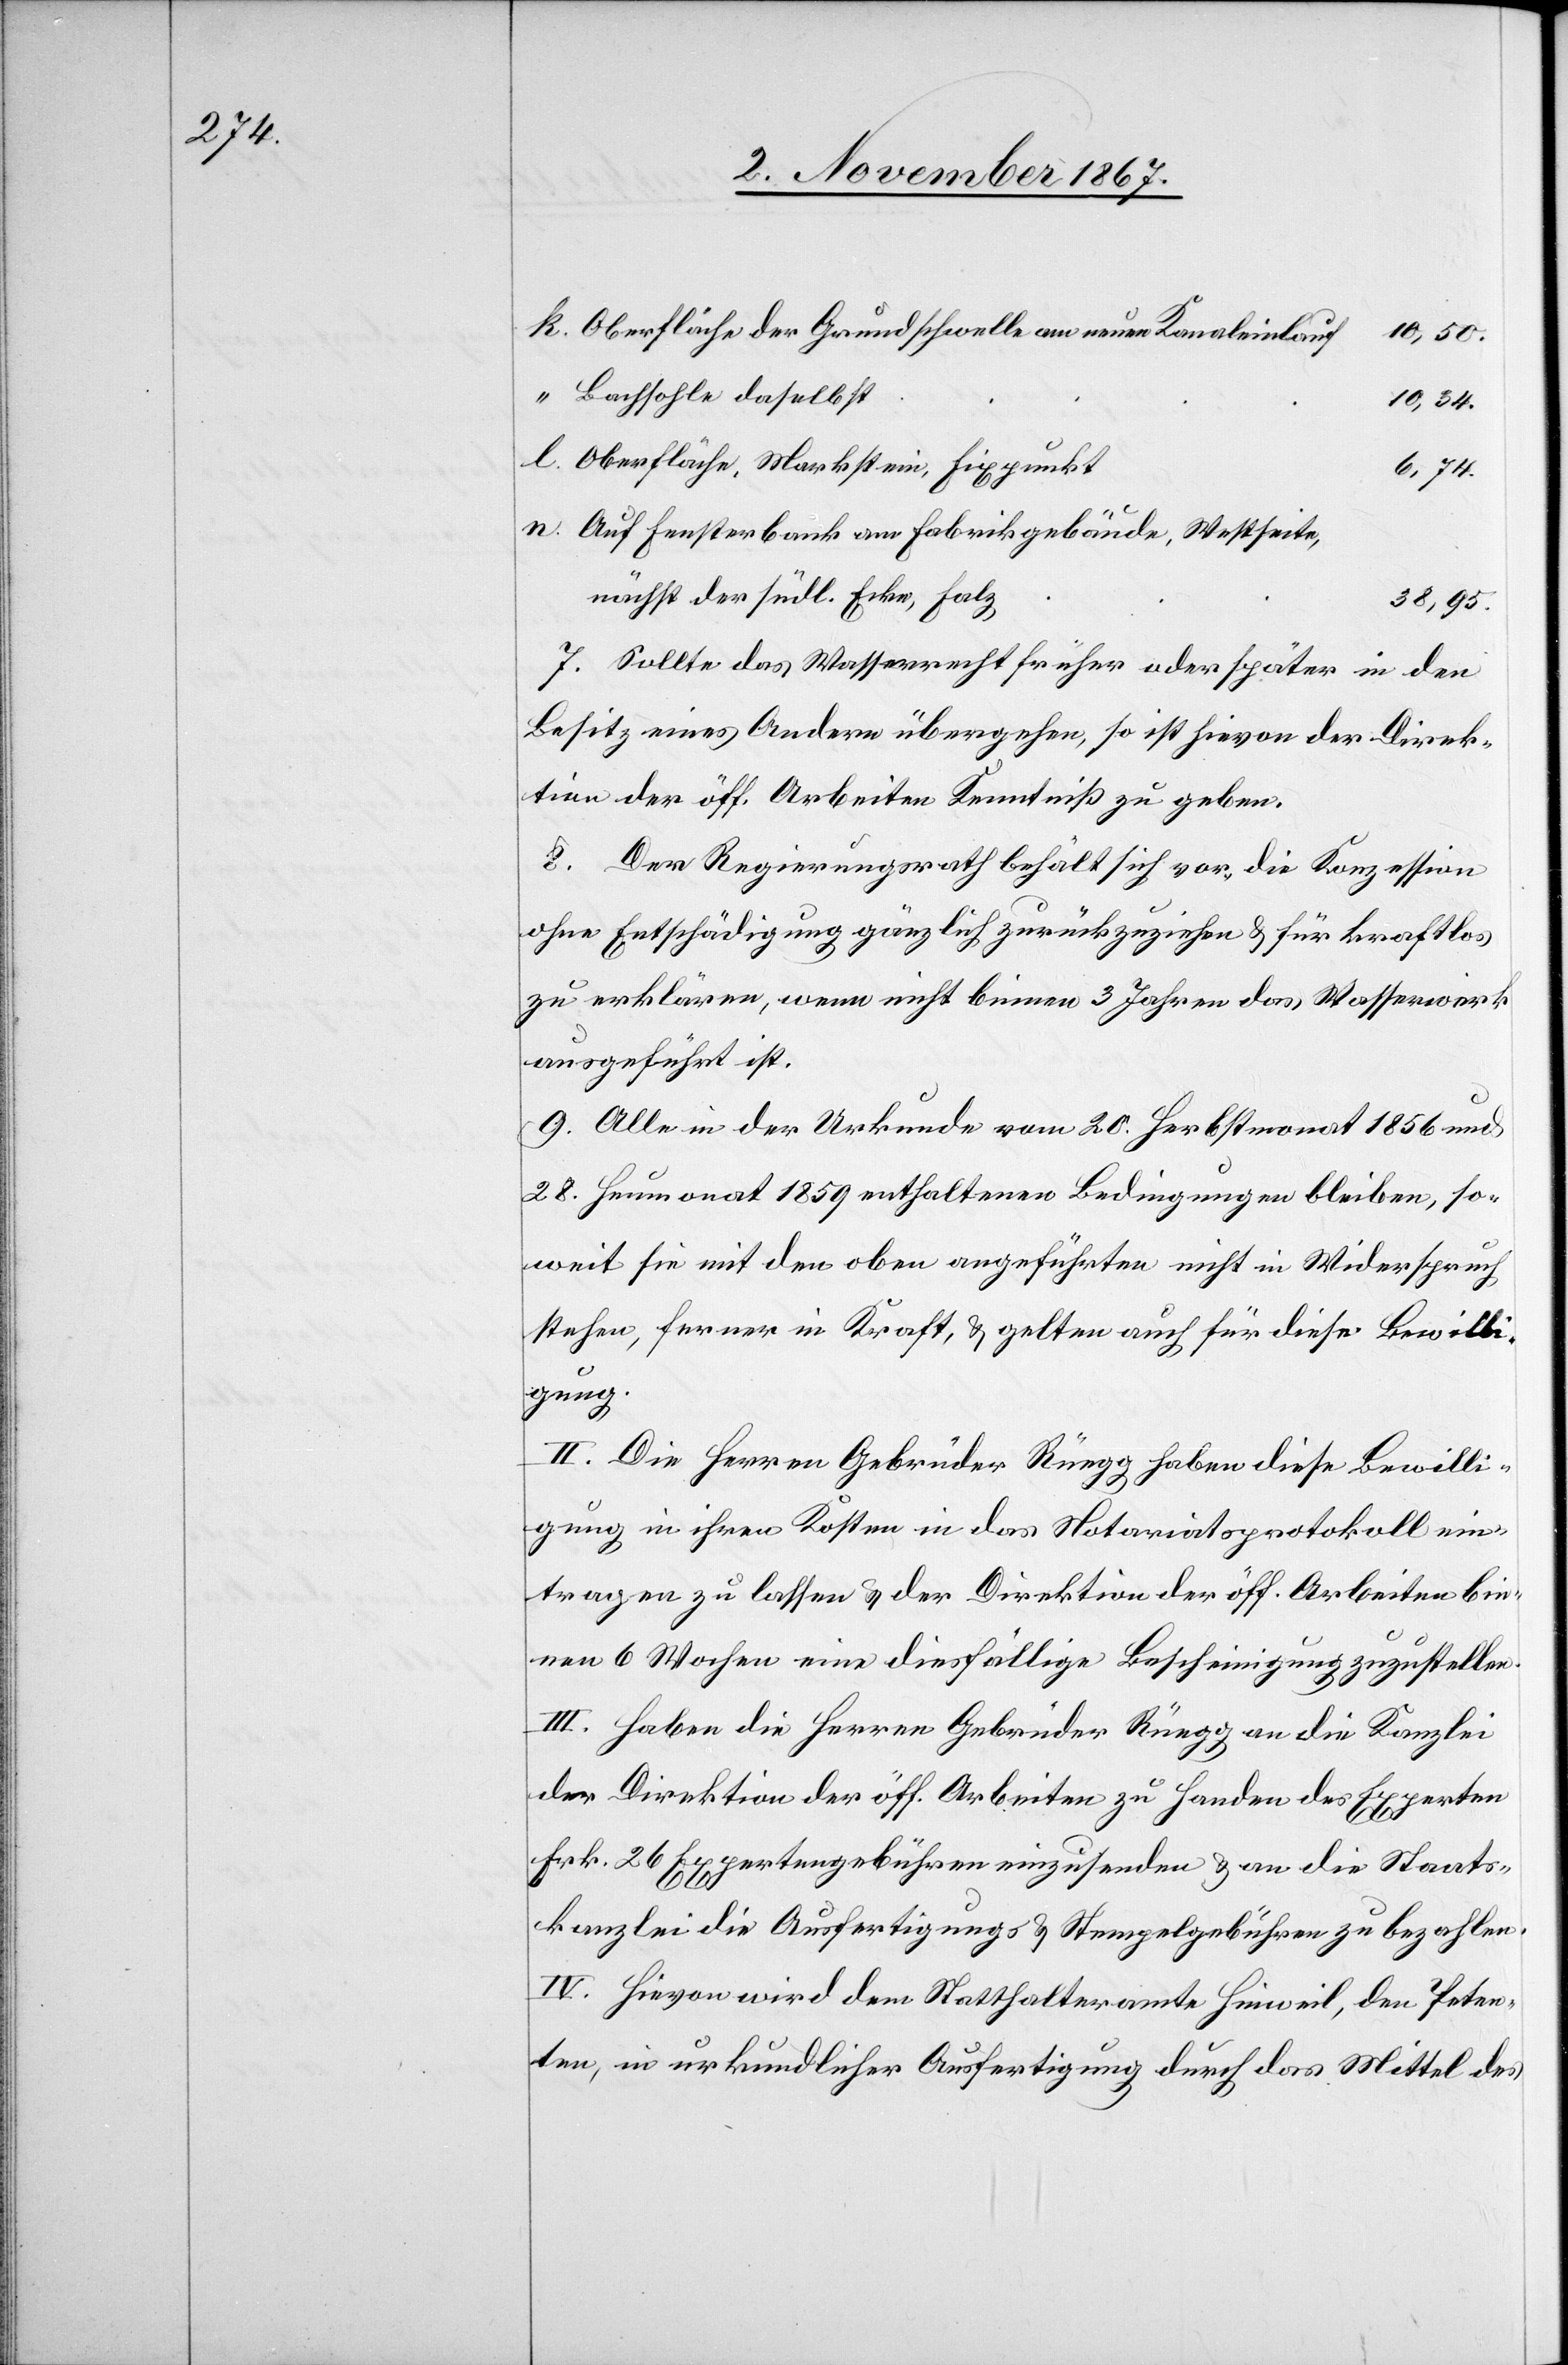
Oberfläche der Grundschwelle am neuen Kanaleinlauf
10,50
Bachsohle daselbst
10,34.
Oberfläche, Markstein, Fixpunkt
6,74
Auf Fensterbank am Fabrikgebäude, Westseite,
nächst der südl. Ecke, Falz
38,95
7. Sollte das Wasserrecht früher oder später in den
Besitz eines Andern übergehen, so ist hievon der Direk¬
tion der öff. Arbeiten Kenntniß zu geben.
8. Der Regierungsrath behält sich vor, die Konzession
ohne Entschädigung gänzlich zurückzuziehen u. für kraftlos
zu erklären, wenn nicht binnen 3 Jahren das Wasserwerk
ausgeführt ist.
9. Alle in der Urkunde vom 20. Herbstmonat 1856 und
28. Jenner 1859 enthaltenen Bedingungen bleiben, so¬
weit sie mit den oben angeführten nicht in Widerspruch
stehen, ferner in Kraft u. gelten auch für diese Bewilli¬
gung.
II. Die Herren Gebrüder Rüegg haben diese Bewilli¬
gung in ihren Kosten in das Notariatsprotokoll ein¬
tragen zu lassen u. der Direktion der öff. Arbeiten bin¬
nen 6 Wochen eine diesfällige Bescheinigung zuzustellen.
III. Haben die Herren Gebrüder Rüegg an die Kanzlei
der Direktion der öff. Arbeiten zu Handen des Experten
Frk. 26 Expertengebühren einzusenden u. an die Staats¬
kanzlei die Ausfertigungs- u. Stempelgebühren zu bezahlen.
IV. Hievon wird dem Statthalteramte Hinweil, den Peten¬
ten, in urkundlicher Ausfertigung durch das Mittel des